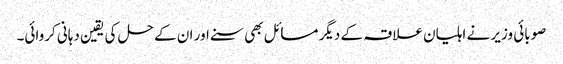
صوبائی وزیر نے اہلیان علاقہ کے دیگر مسائل بھی سنے اور ان کے حل کی یقین دہانی کروائی۔